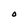
Character: O